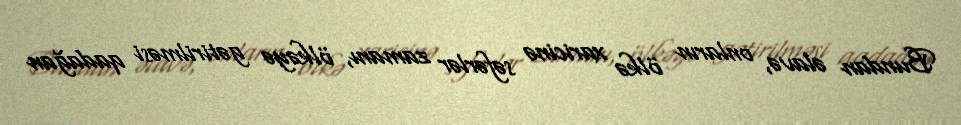
Bundan əlavə, onların ölkə xaricinə səfərlər zamanı, ölkəyə gətirilməsi qadağan